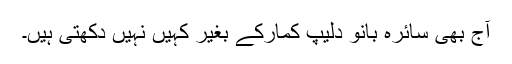
آج بھی سائرہ بانو دلیپ کمارکے بغیر کہیں نہیں دکھتی ہیں۔